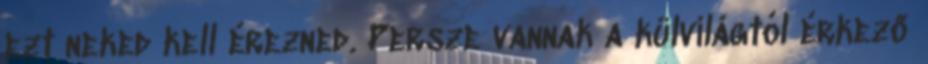
ezt neked kell érezned. Persze vannak a külvilágtól érkező